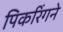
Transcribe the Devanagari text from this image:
पिकरिंगने